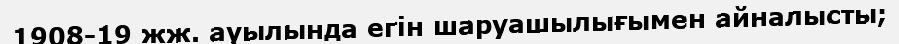
1908-19 жж. ауылында егін шаруашылығымен айналысты;